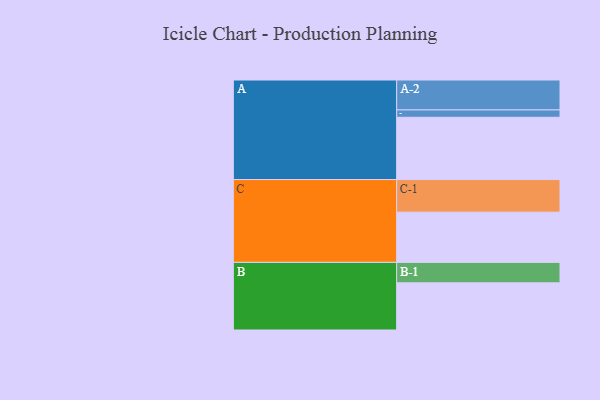
{"axis": {"x": "Segment", "y": "Value"}, "legend": ["", "A", "B", "C"], "data": [{"x": "A", "y": 466, "type": ""}, {"x": "B", "y": 353, "type": ""}, {"x": "C", "y": 376, "type": ""}, {"x": "A-1", "y": 55, "type": "A"}, {"x": "A-2", "y": 224, "type": "A"}, {"x": "B-1", "y": 153, "type": "B"}, {"x": "C-1", "y": 244, "type": "C"}]}